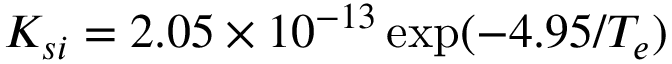
K _ { s i } = 2 . 0 5 \times 1 0 ^ { - 1 3 } \exp ( { - 4 . 9 5 / T _ { e } } )